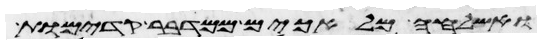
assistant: ואשלחה מלאכים ממדבר קדמות